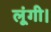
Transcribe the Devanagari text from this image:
लूंगी।